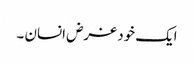
ایک خود غرض انسان ۔